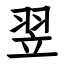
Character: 翌